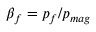
\beta _ { f } = p _ { f } / p _ { m a g }